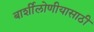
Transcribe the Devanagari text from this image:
बार्शीलोणीयासाठी